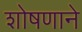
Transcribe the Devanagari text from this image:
शोषणाने